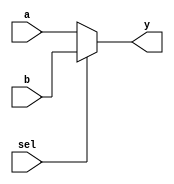
//-----------------------------------------------------------------------------
// Title         : 2-1 multiplexer
// Project       : ECE 313 - Computer Organization
//-----------------------------------------------------------------------------
// Organization  : Lafayette College
// 
//-----------------------------------------------------------------------------
// Description :
//   Parameterized 2-1 mux  used in the implementations of the MIPS processor
//   subset described in Ch. 5-6 of "Computer Organization and Design, 3rd ed."
//   by David Patterson & John Hennessey, Morgan Kaufmann, 2004 (COD3e).  
//
//-----------------------------------------------------------------------------

module mux2( sel, a, b, y );
    parameter bitwidth=32;
    input sel;
    input  [bitwidth-1:0] a, b;
    output [bitwidth-1:0] y;

    assign y = sel ? b : a;
endmodule